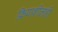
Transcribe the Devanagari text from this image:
क्रियाशीलही